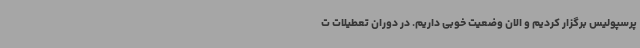
پرسپولیس برگزار کردیم و الان وضعیت خوبی داریم. در دوران تعطیلات ت